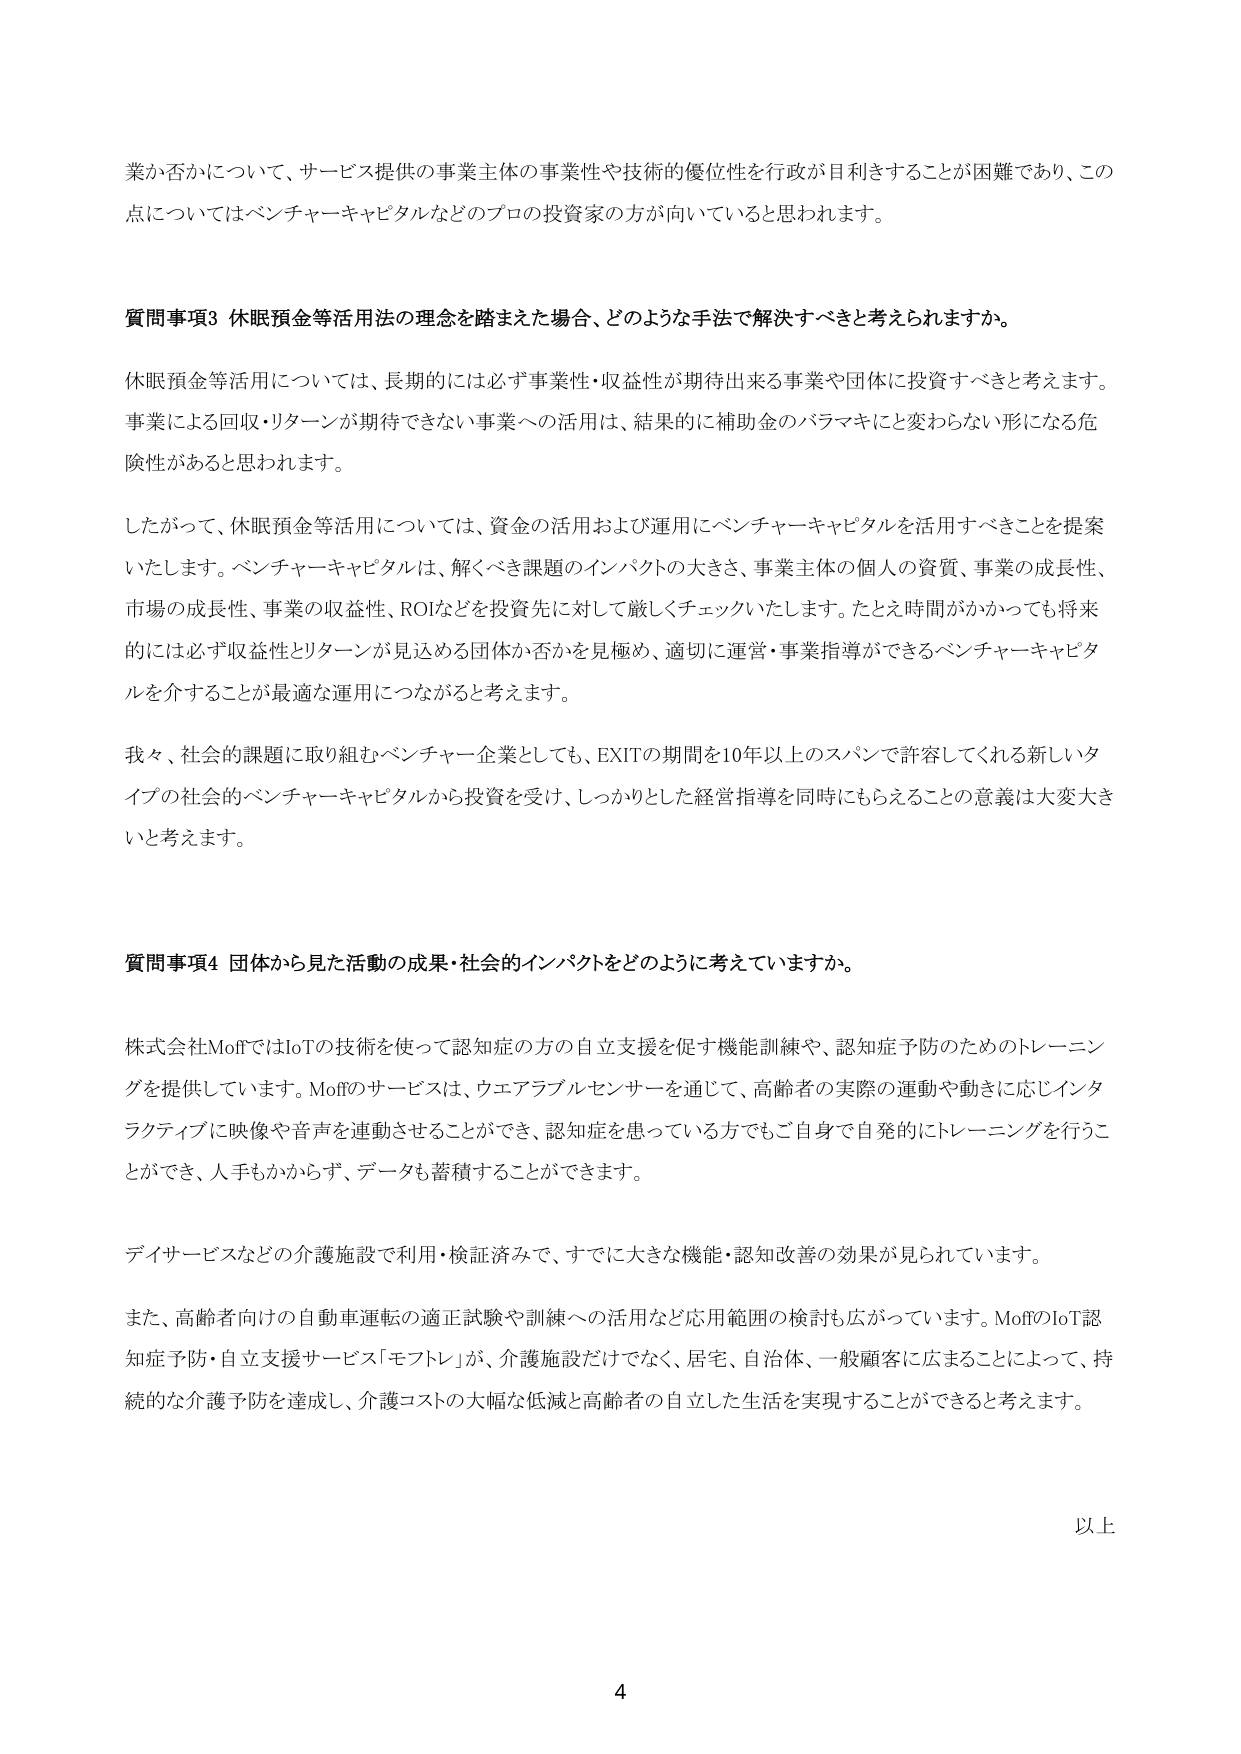
業か否かについて、サービス提供の事業主体の事業性や技術的優位性を行政が目利きすることが困難であり、この点についてはベンチャーキャピタルなどのプロの投資家の方が向いていると思われます。

質問事項3 休眠預金等活用法の理念を踏まえた場合、どのような手法で解決すべきと考えられますか。

休眠預金等活用については、長期的には必ず事業性・収益性が期待出来る事業や団体に投資すべきと考えます。事業による回収・リターンが期待できない事業への活用は、結果的に補助金のバラマキにと変わらない形になる危険性があると思われます。

したがって、休眠預金等活用については、資金の活用および運用にベンチャーキャピタルを活用すべきことを提案いたします。ベンチャーキャピタルは、解くべき課題のインパクトの大きさ、事業主体の個人の資質、事業の成長性、市場の成長性、事業の収益性、ROIなどを投資先に対して厳しくチェックいたします。たとえ時間がかかっても将来的には必ず収益性とリターンが見込める団体か否かを見極め、適切に運営・事業指導ができるベンチャーキャピタルを介することが最適な運用につながると考えます。

我々、社会的課題に取り組むベンチャー企業としても、EXITの期間を10年以上のスパンで許容してくれる新しいタイプの社会的ベンチャーキャピタルから投資を受け、しっかりとした経営指導を同時にもらえることの意義は大変大きいと考えます。

質問事項4 団体から見た活動の成果・社会的インパクトをどのように考えていますか。

株式会社MoffではIoTの技術を使って認知症の方の自立支援を促す機能訓練や、認知症予防のためのトレーニングを提供しています。Moffのサービスは、ウェアラブルセンサーを通じて、高齢者の実際の運動や動きに応じインタラクティブに映像や音声を連動させることができ、認知症を患っている方でもご自身で自発的にトレーニングを行うことができ、人手もかからず、データも蓄積することができます。

デイサービスなどの介護施設で利用・検証済みで、すでに大きな機能・認知改善の効果が見られています。

また、高齢者向けの自動車運転の適正試験や訓練への活用など応用範囲の検討も広がっています。MoffのIoT認知症予防・自立支援サービス「モフトレ」が、介護施設だけでなく、居宅、自治体、一般顧客に広まることによって、持続的な介護予防を達成し、介護コストの大幅な低減と高齢者の自立した生活を実現することができると考えます。

以上

4